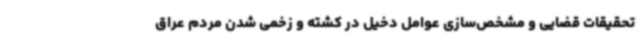
تحقیقات قضایی و مشخص‌سازی عوامل دخیل در کشته و زخمی شدن مردم عراق